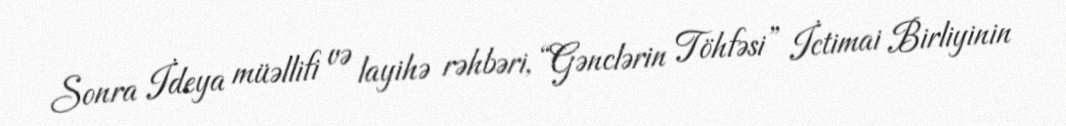
Sonra İdeya müəllifi və layihə rəhbəri, “Gənclərin Töhfəsi” İctimai Birliyinin